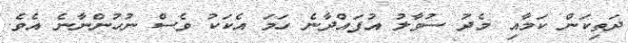
ދަތިކަން ކަމާއި މެދު ސުވާލު އުފައްދާނެ ހަމަ އެކަކު ވެސް ނުހުންނާނެ އެވެ.